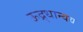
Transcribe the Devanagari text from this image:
ऊद्र्धान्वय